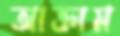
আক্রাম